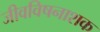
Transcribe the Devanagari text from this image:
जीवविषनाशक